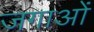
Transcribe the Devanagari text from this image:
जगाओं